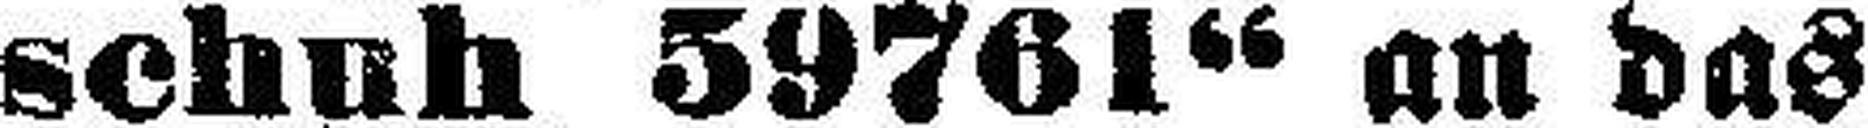
schuh 59761“ an das